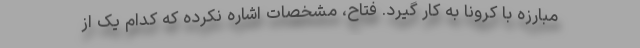
مبارزه با کرونا به کار گیرد. فتاح، مشخصات اشاره نکرده که کدام یک از